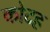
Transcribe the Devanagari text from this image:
कोटह